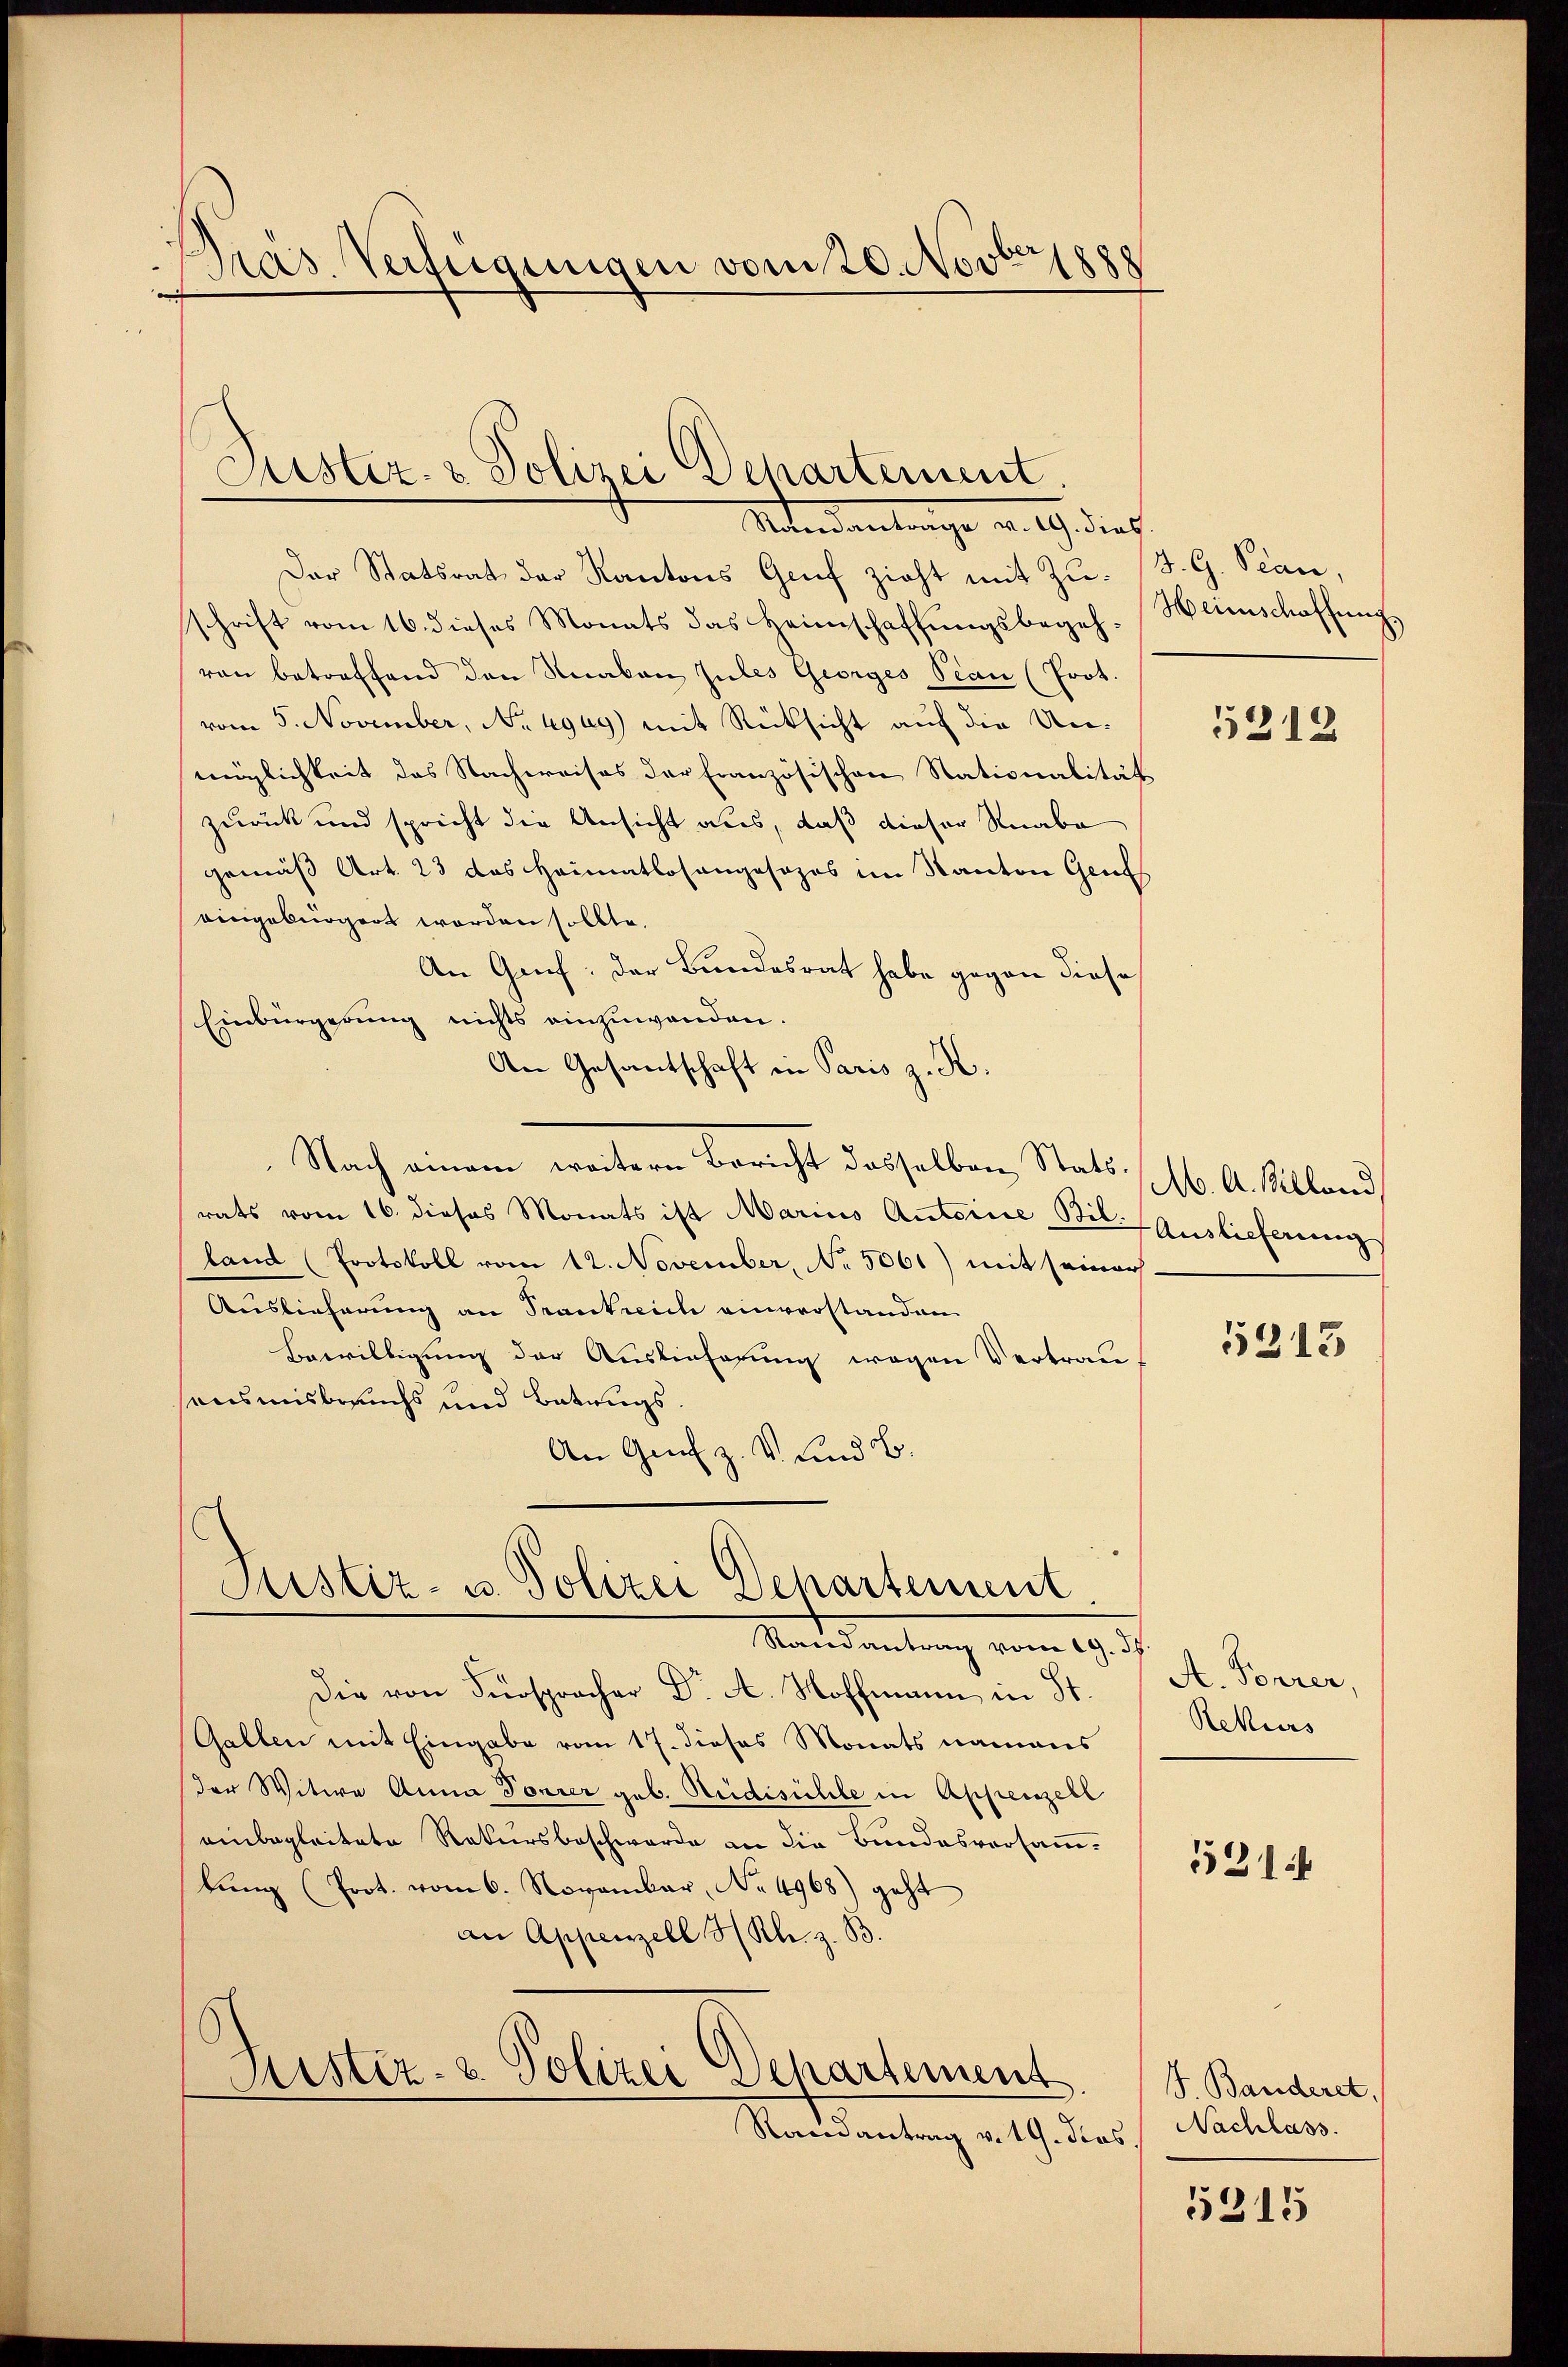
Pras. Verfügungen vom 20. Novbrippe

Puster- & Polizei Departement.
Stendanlange an. Ich dies

Justiz- u. Polizei Departement

Mandantung vom 19. d.
Die von Fürspracher Dr A. Hoffmann in St
Gallen mit Eingabe vom 17. dieses Monats namens
der Witwe Anna Forrer geb. Rüdisühle in Appenzell
einbegleitete Rekursbeschwerde an die Bundesversammbŭng (Prot. vom 6. November, No. 4968) geht
an Appenzell Kl. z. B.

Astiz- & Polizei Departemens

Randantrag v. 19. Sta

Der Statsrat der Kantons Genf zieht mit Zu- (S. G. Plan
schrift vom 16. dieses Monats das Heimschaffŭngsbegehvon betreffend den Knaben Jules Georges Tean (Prot.
vom 5. November, No 49ug) mit Rücksicht auf die Unmöglichkeit des Nachweises der Französischen Stationalität
zurück und spricht die Ansicht aus, daß dieser Knabe
gemäß Art. 23 das Heimatlosengesezes im Kanton Gene
eingebürgert worden sollte.
An Gruf: der Bundesrat habe gegen diese
Einbürgerung nichts einzuwenden.
An Gesantschaft in Paris z. K.
Nach einem weitern Bericht dasselben Statsrats vom 16. dieses Monats ist Marius Autorie Bil. Auslieferung
land (Protokoll vom 12. November, No 5061) mit seiner
Auslieferung an Trankreich einverstanden
Bewilligung der Auslieferung wegen Vertrauansmisbrauchs und Batungs¬
An Greif z. V und B

Heimschaffung.

5212

M. A. Billand,

5313

A. Forrer,
Rekurs

1316

J. Banderet,
Nachlass
s

5315